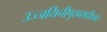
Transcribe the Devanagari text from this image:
उज्जयिनीपुरवराधीश्वर